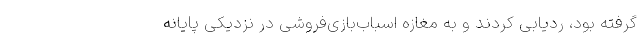
گرفته بود، ردیابی کردند و به مغازه اسباب‌بازی‌فروشی در نزدیکی پایانه